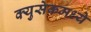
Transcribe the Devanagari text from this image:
क्युसेकमध्ये